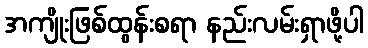
အကျိုးဖြစ်ထွန်းစရာ နည်းလမ်းရှာဖို့ပါ